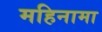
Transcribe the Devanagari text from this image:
महिनामा